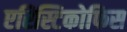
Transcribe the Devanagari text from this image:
एरिस्टिकोफिस